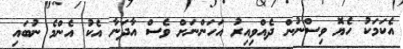
އެކަމަކު ހެޔޮ ވިސްނުން ދެއްވިއިރު އަހަންނަށް ވެސް އާދަނާ އެކު އެންމެ ނުބައި